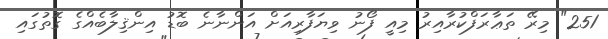
251" މިރޭ ތަޢާރަފްކުރާއިރު މިއީ ފޯނު ވިޔަފާރިއަށް އަންނާނެ ބޮޑު އިންޤިލާބެއްގެ ގޮތުގައި